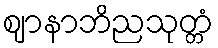
ဈာနာဘိညသုတ္တံ